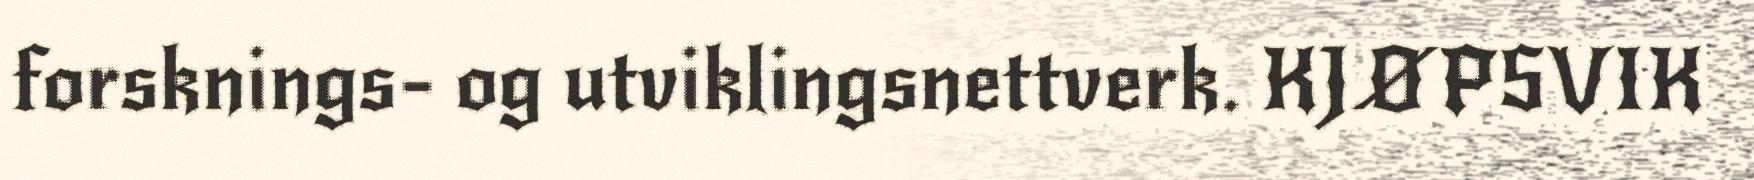
forsknings- og utviklingsnettverk. KJØPSVIK